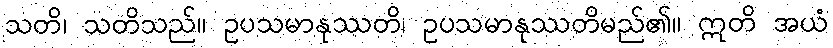
သတိ၊ သတိသည်။ ဥပသမာနုဿတိ၊ ဥပသမာနုဿတိမည်၏။ ဣတိ အယံ